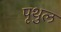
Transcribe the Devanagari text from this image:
पृथुल